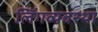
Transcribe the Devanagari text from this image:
लिंगव्यवस्था